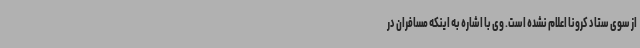
از سوی ستاد کرونا اعلام نشده است. وی با اشاره به اینکه مسافران در